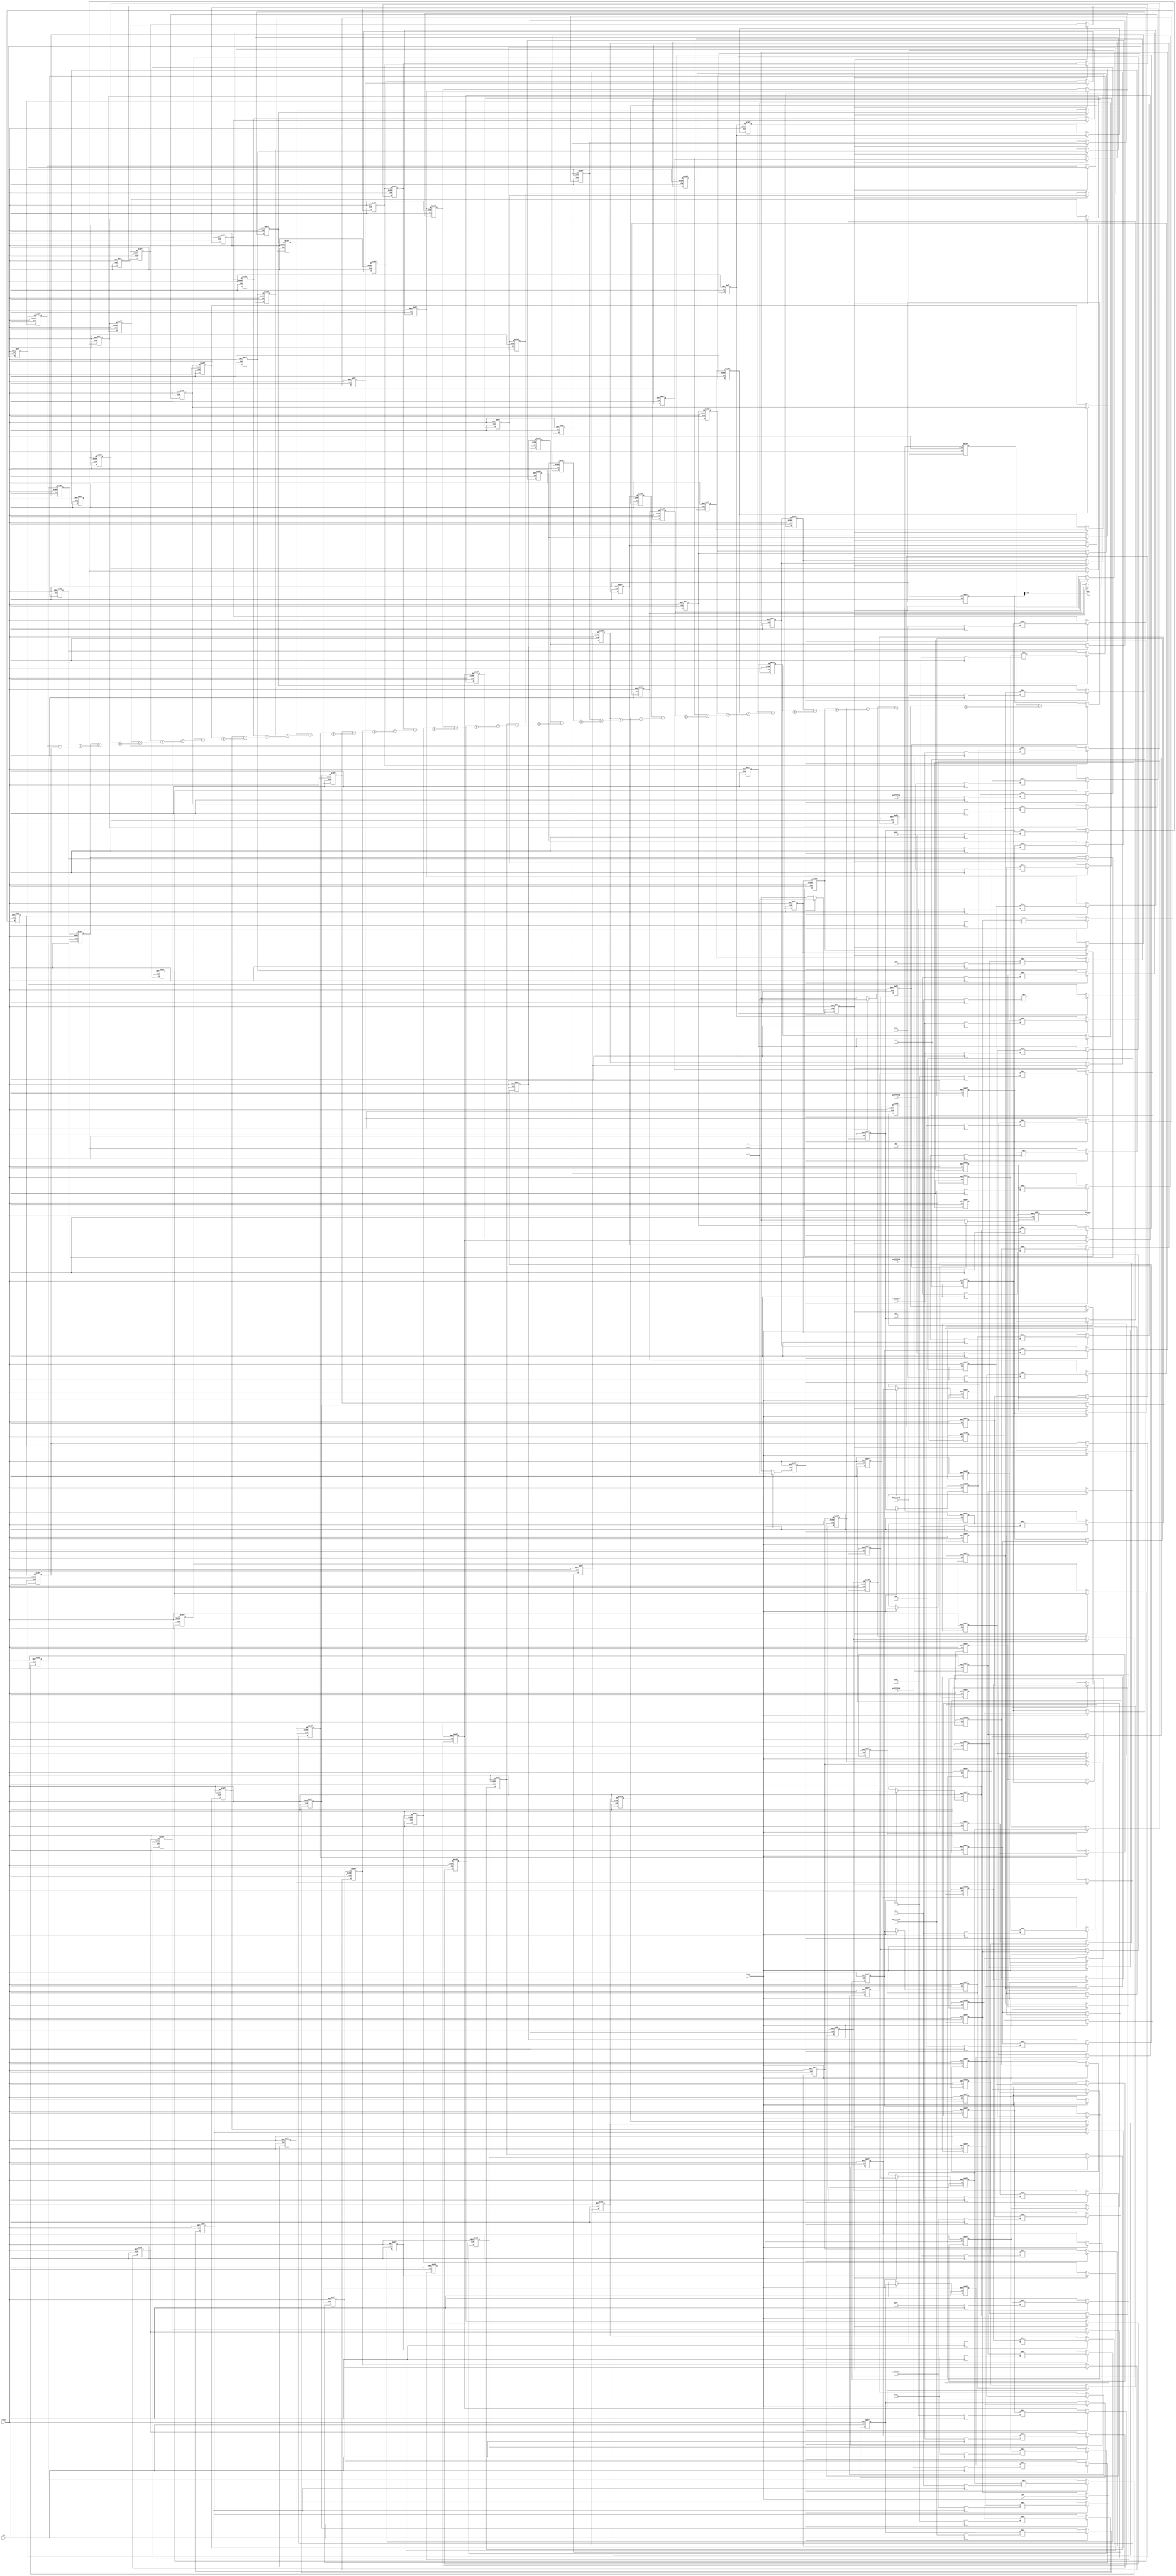
//`define ntaps 43
`timescale 1ns/10ps
//`include "DW02_mult_2_stage.v"

module fir(clk,reset,flagin,din,dout,flagout);
input clk, flagin,reset;
input [31:0] din;
output signed [31:0] dout;
//input [5:0] waddr;
//input wstrobe;
//input [31:0] wdata;
//output [31:0] rdata;
reg flagin1,flagin2,flagin3,flagin4;
output flagout;
reg signed [63:0] sum[0:42];
reg signed[63:0] sumout;
reg signed[31:0] coef[0:42];
            //  wire [31:0] sr1;
             //    wire [63:0] pr1;
reg signed [31:0] sr[0:42];
reg signed[63:0] pr[0:42];
reg signed [63:0] pr_dw0, pr_dw1, pr_dw2, pr_dw3, pr_dw4, pr_dw5, pr_dw6, pr_dw7, pr_dw8, pr_dw9, pr_dw10, pr_dw11, pr_dw12, pr_dw13, pr_dw14, pr_dw15, pr_dw16, pr_dw17, pr_dw18, pr_dw19, pr_dw20, pr_dw21, pr_dw22, pr_dw23, pr_dw24, pr_dw25, pr_dw26, pr_dw27, pr_dw28, pr_dw29, pr_dw30, pr_dw31, pr_dw32, pr_dw33, pr_dw34, pr_dw35, pr_dw36, pr_dw37, pr_dw38, pr_dw39, pr_dw40, pr_dw41, pr_dw42;
//reg [42:0] flag_out_reg;
//wire [63:0] pr_sample;
//reg [63:0] sum;

always @(negedge clk)
begin
coef[0]= 32'd2; 
coef[1]=32'd4;
coef[2]=32'd4;
coef[3]=32'd2;
coef[4]=-32'd3;
coef[5]=-32'd10;
coef[6]=-32'd14;
coef[7]=-32'd14;
coef[8]=-32'd6;
coef[9]=32'd7;
coef[10]=32'd19;
coef[11]= 32'd22;
coef[12]=32'd12;
coef[13]=-32'd11;
coef[14]=-32'd36;
coef[15]=-32'd48;
coef[16]=-32'd35;
coef[17]=32'd11;
coef[18]=32'd83;
coef[19]=32'd161;
coef[20]=32'd221;
coef[21]=32'd244;
coef[22]=32'd221;
coef[23]=32'd161;
coef[24]=32'd83;
coef[25]=32'd11;
coef[26]=-32'd35;
coef[27]=-32'd48;
coef[28]=-32'd36;
coef[29]=-32'd11;
coef[30]=32'd12;
coef[31]=32'd22;
coef[32]=32'd19;
coef[33]=32'd7;
coef[34]=32'd6;
coef[35]=-32'd14;
coef[36]=-32'd14;
coef[37]=-32'd10;
coef[38]=-32'd3;
coef[39]=32'd2;
coef[40]=32'd4;
coef[41]=32'd4;
coef[42]=32'd2;
//$display ("coef[0]=%d",coef[0]);
end

always @(negedge clk or posedge reset)
begin
if (reset) begin
/*sr[0] <= #1 32'd0;
sr[1] <= #1 32'd0;
sr[2] <= #1 32'd0;
sr[3] <= #1 32'd0;
sr[4] <= #1 32'd0;
sr[5] <= #1 32'd0;
sr[6] <= #1 32'd0;
sr[7] <= #1 32'd0;
sr[8] <= #1 32'd0;
sr[9] <= #1 32'd0;
sr[10] <= #1 32'd0;
sr[11] <= #1 32'd0;
sr[12] <= #1 32'd0;
sr[13] <= #1 32'd0;
sr[14] <= #1 32'd0;
sr[15] <= #1 32'd0;
sr[16] <= #1 32'd0;
sr[17] <= #1 32'd0;
sr[18] <= #1 32'd0;
sr[19] <= #1 32'd0;
sr[20] <= #1 32'd0;
sr[21] <= #1 32'd0;
sr[22] <= #1 32'd0;
sr[23] <= #1 32'd0;
sr[24] <= #1 32'd0;
sr[25] <= #1 32'd0;
sr[26] <= #1 32'd0;
sr[27] <= #1 32'd0;
sr[28] <= #1 32'd0;
sr[29] <= #1 32'd0;
sr[30] <= #1 32'd0;
sr[31] <= #1 32'd0;
sr[32] <= #1 32'd0;
sr[33] <= #1 32'd0;
sr[34] <= #1 32'd0;
sr[35] <= #1 32'd0;
sr[36] <= #1 32'd0;
sr[37] <= #1 32'd0;
sr[38] <= #1 32'd0;
sr[39] <= #1 32'd0;
sr[40] <= #1 32'd0;
sr[41] <= #1 32'd0;
sr[42] <= #1 32'd0;*/
pr_dw0 <= 64'd0;
pr_dw1 <= 64'd0;
pr_dw2 <= 64'd0;
pr_dw3 <= 64'd0;
pr_dw4 <= 64'd0;
pr_dw5 <= 64'd0;
pr_dw6 <= 64'd0;
pr_dw7 <= 64'd0;
pr_dw8 <= 64'd0;
pr_dw9 <= 64'd0;
pr_dw10 <=  64'd0;
pr_dw11 <= 64'd0;
pr_dw12 <= 64'd0;
pr_dw13 <= 64'd0;
pr_dw14 <= 64'd0;
pr_dw15 <= 64'd0;
pr_dw16 <= 64'd0;
pr_dw17 <= 64'd0;
pr_dw18 <= 64'd0;
pr_dw19 <= 64'd0;
pr_dw20 <= 64'd0;
pr_dw21 <= 64'd0;
pr_dw22 <= 64'd0;
pr_dw23 <= 64'd0;
pr_dw24 <= 64'd0;
pr_dw25 <= 64'd0;
pr_dw26 <= 64'd0;
pr_dw27 <= 64'd0;
pr_dw28 <= 64'd0;
pr_dw29 <= 64'd0;
pr_dw30 <= 64'd0;
pr_dw31 <= 64'd0;
pr_dw32 <= 64'd0;
pr_dw33 <= 64'd0;
pr_dw34 <= 64'd0;
pr_dw35 <= 64'd0;
pr_dw36 <= 64'd0;
pr_dw37 <= 64'd0;
pr_dw38 <= 64'd0;
pr_dw39 <= 64'd0;
pr_dw40 <= 64'd0;
pr_dw41 <= 64'd0;
pr_dw42 <= 64'd0;
flagin2 <= #1 0; end
else if (flagin1 == 1)begin 
flagin2 <= #1 flagin1;
pr_dw0 <= sr[0] * coef[0];
pr_dw1 <= sr[1] * coef[1];
pr_dw2 <= sr[2] * coef[2];
pr_dw3 <= sr[3] * coef[3];
pr_dw4 <= sr[4] * coef[4];
pr_dw5 <= sr[5] * coef[5];
pr_dw6 <= sr[6] * coef[6];
pr_dw7 <= sr[7] * coef[7];
pr_dw8 <= sr[8] * coef[8];
pr_dw9 <= sr[9] * coef[9];
pr_dw10 <= sr[10] * coef[10];
pr_dw11 <= sr[11] * coef[11];
pr_dw12 <= sr[12] * coef[12];
pr_dw13 <= sr[13] * coef[13];
pr_dw14 <= sr[14] * coef[14];
pr_dw15 <= sr[15] * coef[15];
pr_dw16 <= sr[16] * coef[16];
pr_dw17 <= sr[17] * coef[17];
pr_dw18 <= sr[18] * coef[18];
pr_dw19 <= sr[19] * coef[19];
pr_dw20 <= sr[20] * coef[20];
pr_dw21 <= sr[21] * coef[21];
pr_dw22 <= sr[22] * coef[22];
pr_dw23 <= sr[23] * coef[23];
pr_dw24 <= sr[24] * coef[24];
pr_dw25 <= sr[25] * coef[25];
pr_dw26 <= sr[26] * coef[26];
pr_dw27 <= sr[27] * coef[27];
pr_dw28 <= sr[28] * coef[28];
pr_dw29 <= sr[29] * coef[29];
pr_dw30 <= sr[30] * coef[30];
pr_dw31 <= sr[31] * coef[31];
pr_dw32 <= sr[32] * coef[32];
pr_dw33 <= sr[33] * coef[33];
pr_dw34 <= sr[34] * coef[34];
pr_dw35 <= sr[35] * coef[35];
pr_dw36 <= sr[36] * coef[36];
pr_dw37 <= sr[37] * coef[37];
pr_dw38 <= sr[38] * coef[38];
pr_dw39 <= sr[39] * coef[39];
pr_dw40 <= sr[40] * coef[40];
pr_dw41 <= sr[41] * coef[41];
pr_dw42 <= sr[42] * coef[42];
end
else flagin2 <= #1 0;
end

always @(negedge clk or posedge reset)
begin:block2
integer i,k,j;
if (reset) begin
//dout <= #1 0;
//sum <= #1 64'd0;
flagin1 <= #1 0;
sr[0] <= #1 32'd0;
sr[1] <= #1 32'd0;
sr[2] <= #1 32'd0;
sr[3] <= #1 32'd0;
sr[4] <= #1 32'd0;
sr[5] <= #1 32'd0;
sr[6] <= #1 32'd0;
sr[7] <= #1 32'd0;
sr[8] <= #1 32'd0;
sr[9] <= #1 32'd0;
sr[10] <= #1 32'd0;
sr[11] <= #1 32'd0;
sr[12] <= #1 32'd0;
sr[13] <= #1 32'd0;
sr[14] <= #1 32'd0;
sr[15] <= #1 32'd0;
sr[16] <= #1 32'd0;
sr[17] <= #1 32'd0;
sr[18] <= #1 32'd0;
sr[19] <= #1 32'd0;
sr[20] <= #1 32'd0;
sr[21] <= #1 32'd0;
sr[22] <= #1 32'd0;
sr[23] <= #1 32'd0;
sr[24] <= #1 32'd0;
sr[25] <= #1 32'd0;
sr[26] <= #1 32'd0;
sr[27] <= #1 32'd0;
sr[28] <= #1 32'd0;
sr[29] <= #1 32'd0;
sr[30] <= #1 32'd0;
sr[31] <= #1 32'd0;
sr[32] <= #1 32'd0;
sr[33] <= #1 32'd0;
sr[34] <= #1 32'd0;
sr[35] <= #1 32'd0;
sr[36] <= #1 32'd0;
sr[37] <= #1 32'd0;
sr[38] <= #1 32'd0;
sr[39] <= #1 32'd0;
sr[40] <= #1 32'd0;
sr[41] <= #1 32'd0;
sr[42] <= #1 32'd0;
/*
pr[0] <= #1 64'd0;
pr[1] <= #1 64'd0;
pr[2] <= #1 64'd0;
pr[3] <= #1 64'd0;
pr[4] <= #1 64'd0;
pr[5] <= #1 64'd0;
pr[6] <= #1 64'd0;
pr[7] <= #1 64'd0;
pr[8] <= #1 64'd0;
pr[9] <= #1 64'd0;
pr[10] <= #1 64'd0;
pr[11] <= #1 64'd0;
pr[12] <= #1 64'd0;
pr[13] <= #1 64'd0;
pr[14] <= #1 64'd0;
pr[15] <= #1 64'd0;
pr[16] <= #1 64'd0;
pr[17] <= #1 64'd0;
pr[18] <= #1 64'd0;
pr[19] <= #1 64'd0;
pr[20] <= #1 64'd0;                                block 1;
pr[21] <= #1 64'd0;
pr[22] <= #1 64'd0;
pr[23] <= #1 64'd0;
pr[24] <= #1 64'd0;
pr[25] <= #1 64'd0;
pr[26] <= #1 64'd0;
pr[27] <= #1 64'd0;
pr[28] <= #1 64'd0;
pr[29] <= #1 64'd0;
pr[30] <= #1 64'd0;
pr[31] <= #1 64'd0;
pr[32] <= #1 64'd0;
pr[33] <= #1 64'd0;
pr[34] <= #1 64'd0;
pr[35] <= #1 64'd0;
pr[36] <= #1 64'd0;
pr[37] <= #1 64'd0;
pr[38] <= #1 64'd0;
pr[39] <= #1 64'd0;
pr[40] <= #1 64'd0;
pr[41] <= #1 64'd0;
pr[42] <= #1 64'd0;
//$display ("pr=%d,sr=%d",pr[0],sr[0]);
//for (k =0; k< 42; k = k+1)
//begin
//sr[k] <= #1 0; end
//for (j = 0; j< 42; j=j+1)
//begin
//pr[j] <= #1 0;
//flag_out_reg <= #1 43'd0 ;   */
end
else
 if(flagin==1)
   begin
 sr[0] <= #1 din;
flagin1 <= #1 flagin;
for (i=1; i < 43; i=i+1) begin
	sr[i] <= #1 sr[i-1];

end
end
else flagin1 <= #1 0;
end
/*
always @(negedge clk or posedge reset)
begin
if (reset) begin
flagin1 <= #1 0;
sr[0] <= #1 0; end
else begin
 if(flagin==1)begin
   sr[0] <= #1 din;
flagin1 <= #1 flagin; end
//$display ("sr[0]=%d",sr[0]);
end
end
*/
always @ (negedge clk or posedge reset)
begin:block3
if (reset)
begin
/*sr[0] <= #1 32'd0;
sr[1] <= #1 32'd0;
sr[2] <= #1 32'd0;
sr[3] <= #1 32'd0;
sr[4] <= #1 32'd0;
sr[5] <= #1 32'd0;
sr[6] <= #1 32'd0;
sr[7] <= #1 32'd0;
sr[8] <= #1 32'd0;
sr[9] <= #1 32'd0;
sr[10] <= #1 32'd0;
sr[11] <= #1 32'd0;
sr[12] <= #1 32'd0;
sr[13] <= #1 32'd0;
sr[14] <= #1 32'd0;
sr[15] <= #1 32'd0;
sr[16] <= #1 32'd0;
sr[17] <= #1 32'd0;
sr[18] <= #1 32'd0;
sr[19] <= #1 32'd0;
sr[20] <= #1 32'd0;
sr[21] <= #1 32'd0;
sr[22] <= #1 32'd0;
sr[23] <= #1 32'd0;
sr[24] <= #1 32'd0;
sr[25] <= #1 32'd0;
sr[26] <= #1 32'd0;
sr[27] <= #1 32'd0;
sr[28] <= #1 32'd0;
sr[29] <= #1 32'd0;
sr[30] <= #1 32'd0;
sr[31] <= #1 32'd0;
sr[32] <= #1 32'd0;
sr[33] <= #1 32'd0;
sr[34] <= #1 32'd0;
sr[35] <= #1 32'd0;
sr[36] <= #1 32'd0;
sr[37] <= #1 32'd0;
sr[38] <= #1 32'd0;
sr[39] <= #1 32'd0;
sr[40] <= #1 32'd0;
sr[41] <= #1 32'd0;
sr[42] <= #1 32'd0;
*/
pr[0] <= #1 pr_dw0;
pr[1] <= #1 pr_dw1;
pr[2] <= #1 pr_dw2;
pr[3] <= #1 pr_dw3;
pr[4] <= #1 pr_dw4;
pr[5] <= #1 pr_dw5;
pr[6] <= #1 pr_dw6;
pr[7] <= #1 pr_dw7;
pr[8] <= #1 pr_dw8;
pr[9] <= #1 pr_dw9;
pr[10] <= #1 pr_dw10;
pr[11] <= #1 pr_dw11;
pr[12] <= #1 pr_dw12;
pr[13] <= #1 pr_dw13;
pr[14] <= #1 pr_dw14;
pr[15] <= #1 pr_dw15;
pr[16] <= #1 pr_dw16;
pr[17] <= #1 pr_dw17;
pr[18] <= #1 pr_dw18;
pr[19] <= #1 pr_dw19;
pr[20] <= #1 pr_dw20;
pr[21] <= #1 pr_dw21;
pr[22] <= #1 pr_dw22;
pr[23] <= #1 pr_dw23;
pr[24] <= #1 pr_dw24;
pr[25] <= #1 pr_dw25;
pr[26] <= #1 pr_dw26;
pr[27] <= #1 pr_dw27;
pr[28] <= #1 pr_dw28;
pr[29] <= #1 pr_dw29;
pr[30] <= #1 pr_dw30;
pr[31] <= #1 pr_dw31;
pr[32] <= #1 pr_dw32;
pr[33] <= #1 pr_dw33;
pr[34] <= #1 pr_dw34;
pr[35] <= #1 pr_dw35;
pr[36] <= #1 pr_dw36;
pr[37] <= #1 pr_dw37;
pr[38] <= #1 pr_dw38;
pr[39] <= #1 pr_dw39;
pr[40] <= #1 pr_dw40;
pr[41] <= #1 pr_dw41;
pr[42] <= #1 pr_dw42;
flagin3 <= #1 0; end
//flag_out_reg <= #1 42'd0 ; end
else if (flagin2 == 1)begin
flagin3 <= #1 flagin2;
pr[0] <= #1 pr_dw0; //$display ("pr[0]=%d", pr[0]);$display ("pr_dw0=%d", pr_dw0);
pr[1] <= #1 pr_dw1; 
pr[2] <= #1 pr_dw2; 
pr[3] <= #1 pr_dw3; 
pr[4] <= #1 pr_dw4; 
pr[5] <= #1 pr_dw5; 
pr[6] <= #1 pr_dw6; 
pr[7] <= #1 pr_dw7; 
pr[8] <= #1 pr_dw8; 
pr[9] <= #1 pr_dw9; 
pr[10] <= #1 pr_dw10; 
pr[11] <= #1 pr_dw11; 
pr[12] <= #1 pr_dw12; 
pr[13] <= #1 pr_dw13; 
pr[14] <= #1 pr_dw14; 
pr[15] <= #1 pr_dw15; 
pr[16] <= #1 pr_dw16; 
pr[17] <= #1 pr_dw17; 
pr[18] <= #1 pr_dw18; 
pr[19] <= #1 pr_dw19; 
pr[20] <= #1 pr_dw20; 
pr[21] <= #1 pr_dw21; 
pr[22] <= #1 pr_dw22; 
pr[23] <= #1 pr_dw23; 
pr[24] <= #1 pr_dw24; 
pr[25] <= #1 pr_dw25; 
pr[26] <= #1 pr_dw26; 
pr[27] <= #1 pr_dw27; 
pr[28] <= #1 pr_dw28; 
pr[29] <= #1 pr_dw29; 
pr[30] <= #1 pr_dw30; 
pr[31] <= #1 pr_dw31; 
pr[32] <= #1 pr_dw32; 
pr[33] <= #1 pr_dw33; 
pr[34] <= #1 pr_dw34; 
pr[35] <= #1 pr_dw35; 
pr[36] <= #1 pr_dw36; 
pr[37] <= #1 pr_dw37; 
pr[38] <= #1 pr_dw38; 
pr[39] <= #1 pr_dw39; 
pr[40] <= #1 pr_dw40; 
pr[41] <= #1 pr_dw41; 
pr[42] <= #1 pr_dw42; 
end
else flagin3 <= #1 0;
end

always @ (*) begin
//if (reset) begin
//sum =0; end
//else begin
//if (reset) begin

sum[0]= pr[0]; //$display ("sum[0]= %d",sum[0]);
sum[1]= pr[1] + sum[0];//$display ("sum[1]= %d",sum[1]);
sum[2]= pr[2] + sum[1];//$display ("sum[2]= %d",sum[2]);
sum[3]= pr[3] + sum[2];//$display ("sum[3]= %d",sum[3]);
sum[4]= pr[4] + sum[3];//$display ("sum[4]= %d",sum[4]);
sum[5]= pr[5] + sum[4];//$display ("sum[5]= %d",sum[5]);
sum[6]= pr[6] + sum[5];//$display ("sum[6]= %d",sum[6]);
sum[7]= pr[7] + sum[6];//$display ("sum[7]= %d",sum[7]);
sum[8]= pr[8] + sum[7];//$display ("sum[8]= %d",sum[8]);
sum[9]= pr[9] + sum[8];
sum[10]= pr[10] + sum[9];
sum[11]= pr[11] + sum[10];
sum[12]= pr[12] + sum[11];
sum[13]= pr[13] + sum[12];
sum[14]= pr[14] + sum[13];
sum[15]= pr[15] + sum[14];
sum[16]= pr[16] + sum[15];
sum[17]= pr[17] + sum[16];
sum[18]= pr[18] + sum[17];
sum[19]= pr[19] + sum[18];//$display ("sum[19]= %d",sum[19]);
sum[20]= pr[20] + sum[19];
sum[21]= pr[21] + sum[20];
sum[22]= pr[22] + sum[21];
sum[23]= pr[23] + sum[22];
sum[24]= pr[24] + sum[23];
sum[25]= pr[25] + sum[24];
sum[26]= pr[26] + sum[25];
sum[27]= pr[27] + sum[26];
sum[28]= pr[28] + sum[27];
sum[29]= pr[29] + sum[28];
sum[30]= pr[30] + sum[29];//$display ("sum[30]= %d",sum[30]);
sum[31]= pr[31] + sum[30];
sum[32]= pr[32] + sum[31];
sum[33]= pr[33] + sum[32];
sum[34]= pr[34] + sum[33];
sum[35]= pr[35] + sum[34];
sum[36]= pr[36] + sum[35];
sum[37]= pr[37] + sum[36];//$display ("sum[36]= %d",sum[36]);
sum[38]= pr[38] + sum[37];
sum[39]= pr[39] + sum[38];
sum[40]= pr[40] + sum[39];
sum[41]= pr[41] + sum[40];
sum[42]= pr[42] + sum[41]; //$display("sum[42]= %d",sum[42]);
end

always @(negedge clk or posedge reset)
begin
if (reset) begin
flagin4 <= #1 0;
sumout <= #1 64'd0; end
else if (flagin3 == 1)begin
flagin4 <= #1 flagin3;
sumout <= #1 sum[42]; end
else flagin4 <= #1 0;
end

assign dout=sumout[39:8];
//assign dout=sumout[31:0];
//assign dout={{12{sumout[28]}},sumout[27:8]};
//assign dout=sumout;
assign flagout=flagin4;

endmodule